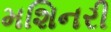
મશિનરી